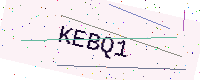
Text: KEBQ1